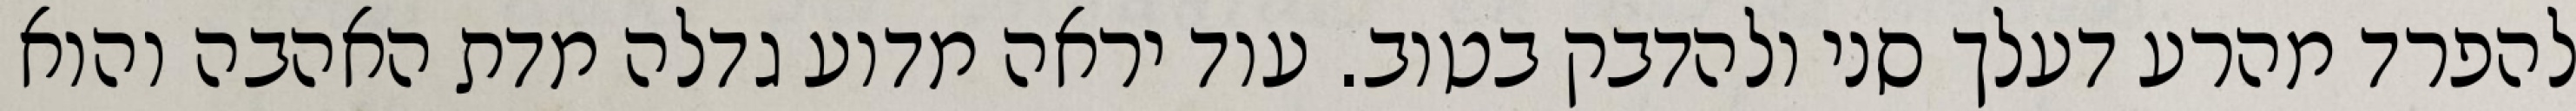
להפרד מהרע דעלך סני ולהדבק בטוב. עוד יראה מדוע גדלה מדת האהבה והוא